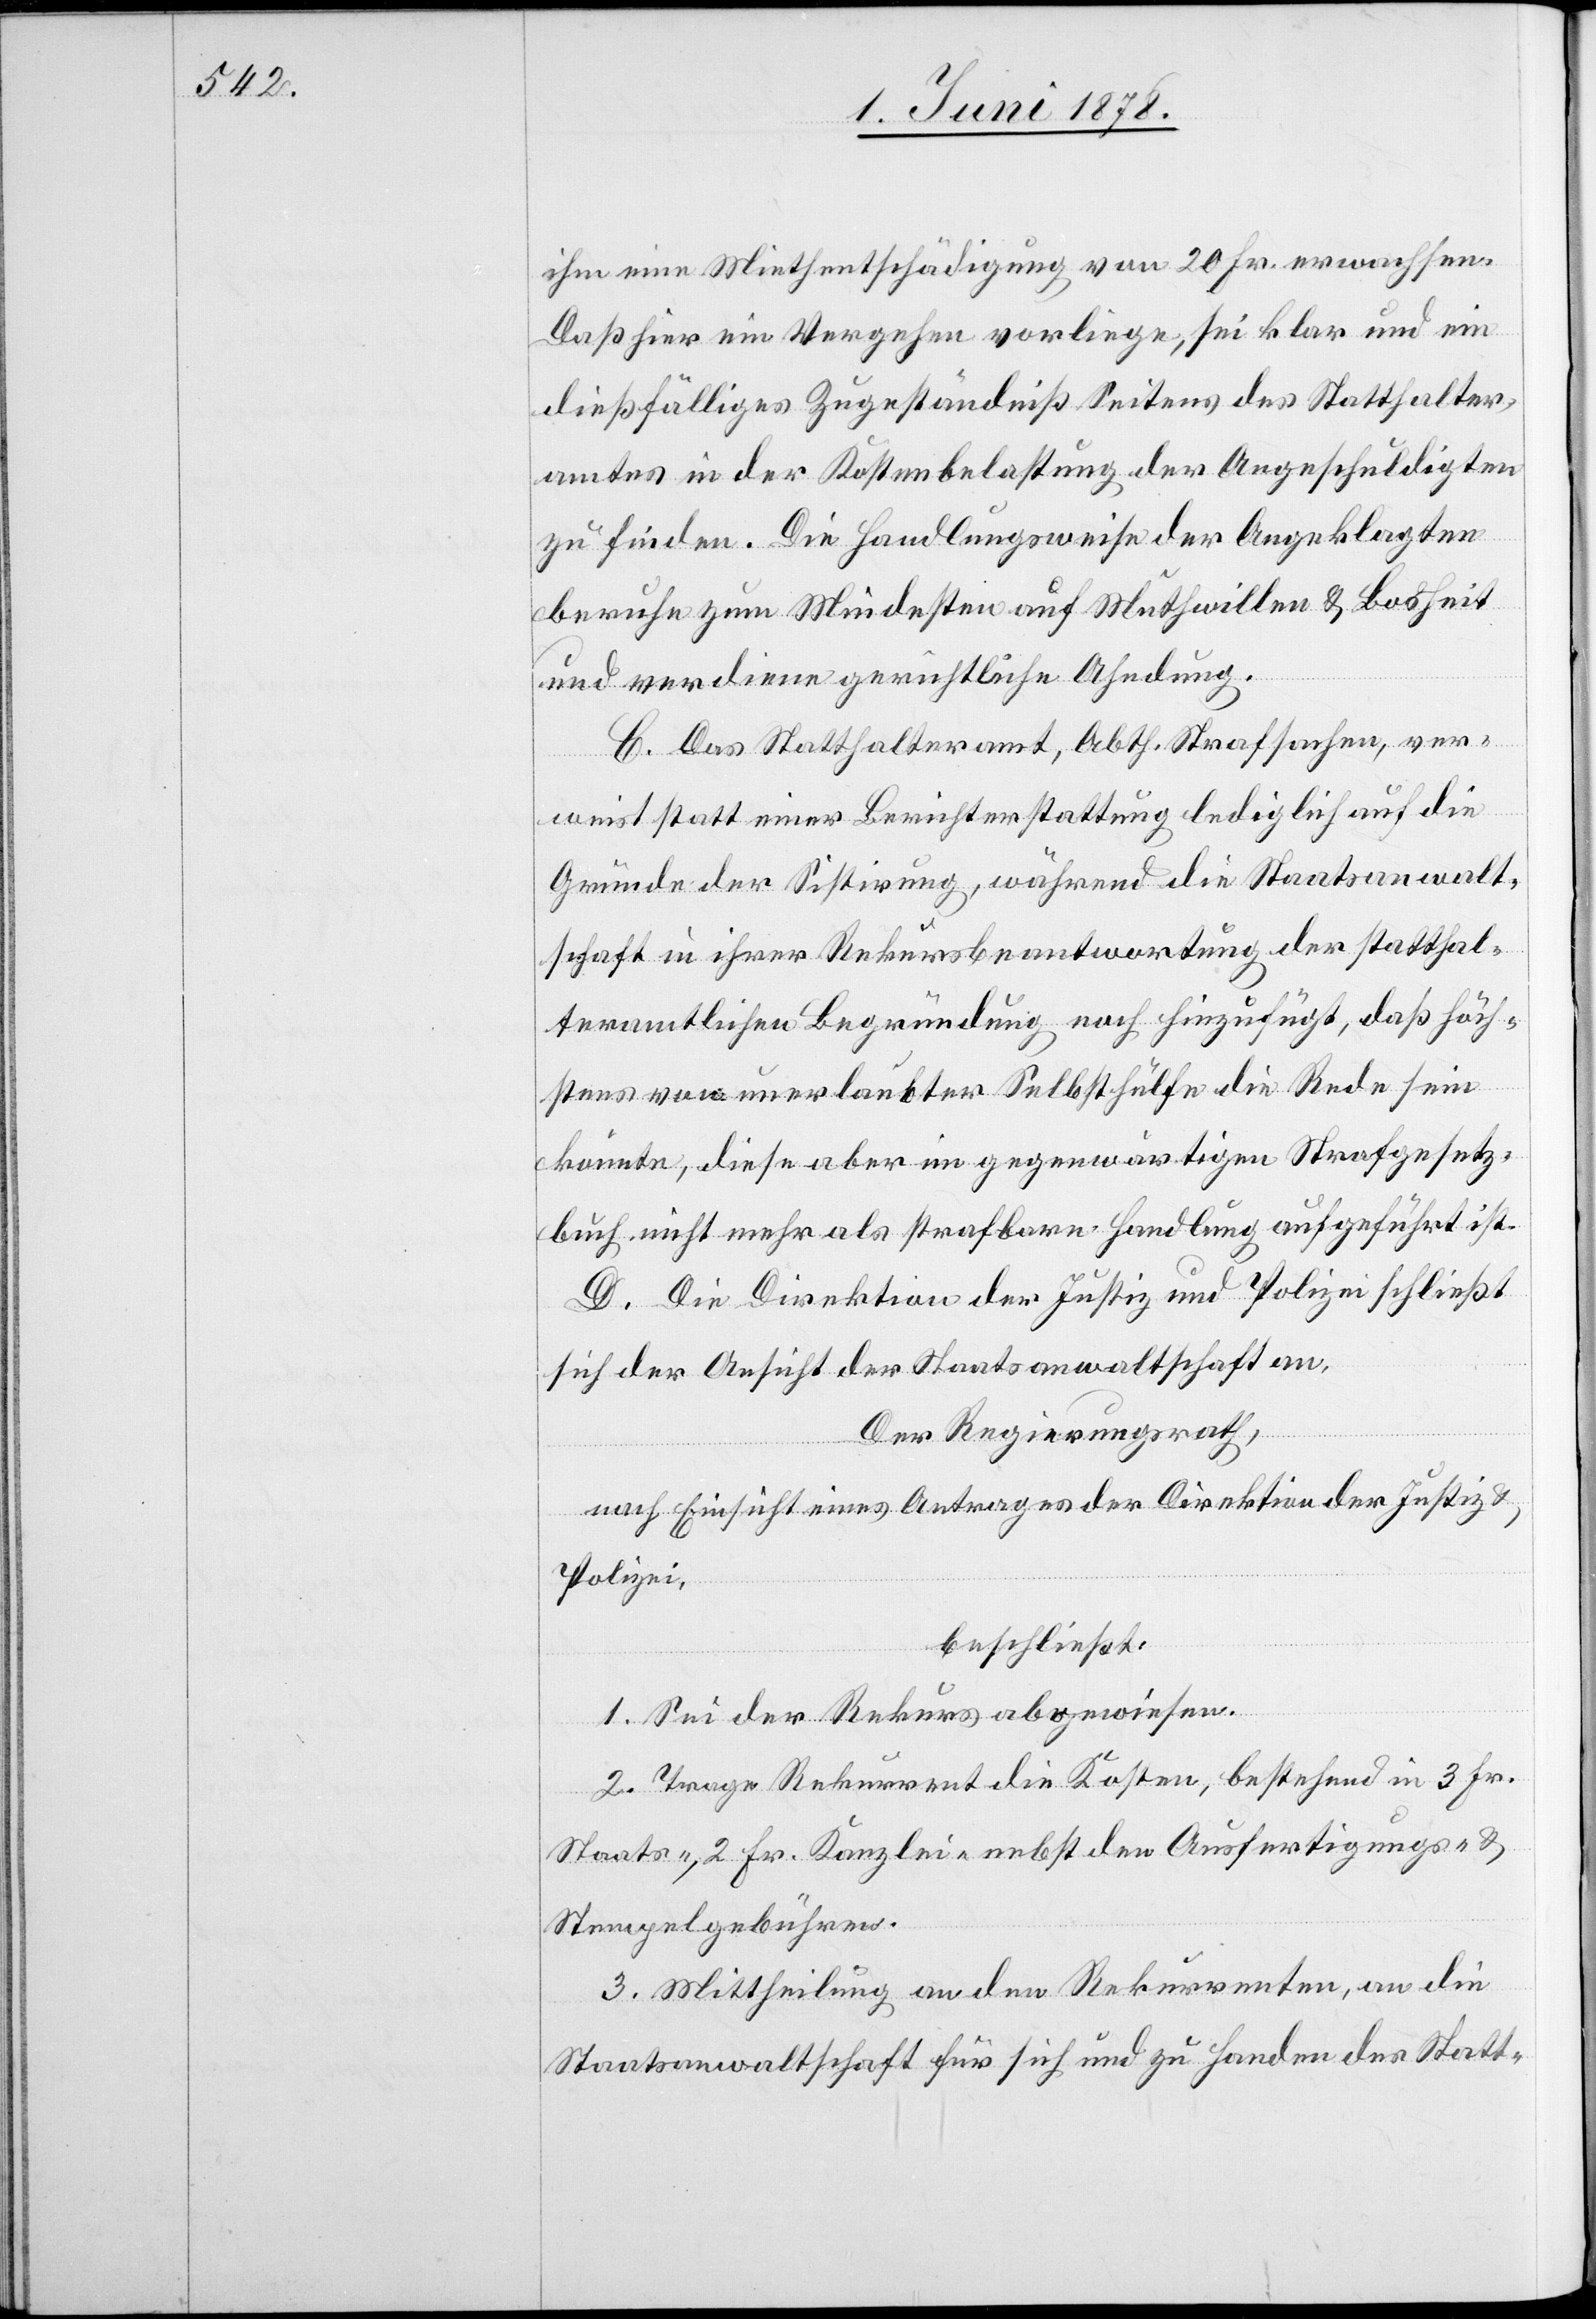
ihm eine Miethentschädigung von 20 Fr. erwachsen.
Daß hier ein Vergehen vorliege, sei klar und ein
dießfälliges Zugeständniß Seitens des Statthalter¬
amtes in der Kostenbelastung der Angeschuldigten
zu finden. Die Handlungsweise der Angeklagten
beruhe zum Mindesten auf Muthwillen & Bosheit
und verdiene gerichtliche Ahndung.
C. Das Statthalteramt, Abth. Strafsachen, ver¬
weist statt einer Berichterstattung lediglich auf die
Gründe der Sistirung, während die Staatsanwalt¬
schaft in ihrer Rekursbeantwortung der statthal¬
teramtlichen Begründung noch hinzufügt, daß höch¬
stens von unerlaubter Selbsthülfe die Rede sein
könnte, diese aber im gegenwärtigen Strafgesetz¬
buch nicht mehr als strafbare Handlung aufgeführt ist.
D. Die Direktion der Justiz und Polizei schließt
sich der Ansicht der Staatsanwaltschaft an.
Der Regierungsrath,
nach Einsicht eines Antrages der Direktion der Justiz &
Polizei,
beschließt:
1. Sei der Rekurs abgewiesen.
2. Trage Rekurrent die Kosten, bestehend in 3 Fr.
Staats-, 2 Fr. Kanzlei- nebst den Ausfertigungs- &
Stempelgebühren.
3. Mittheilung an den Rekurrenten, an die
Staatsanwaltschaft für sich und zu Handen des Statt-